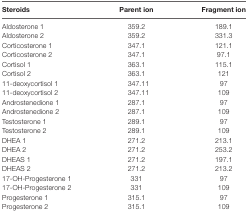
<table><thead><tr><td><b>Steroids</b></td><td><b>Parent ion</b></td><td><b>Fragment ion</b></td></tr></thead><tbody><tr><td>Aldosterone 1</td><td>359.2</td><td>189.1</td></tr><tr><td>Aldosterone 2</td><td>359.2</td><td>331.3</td></tr><tr><td>Corticosterone 1</td><td>347.1</td><td>121.1</td></tr><tr><td>Corticosterone 2</td><td>347.1</td><td>97.1</td></tr><tr><td>Cortisol 1</td><td>363.1</td><td>115.1</td></tr><tr><td>Cortisol 2</td><td>363.1</td><td>121</td></tr><tr><td>11-deoxycortisol 1</td><td>347.11</td><td>97</td></tr><tr><td>11-deoxycortisol 2</td><td>347.11</td><td>109</td></tr><tr><td>Androstenedione 1</td><td>287.1</td><td>97</td></tr><tr><td>Androstenedione 2</td><td>287.1</td><td>109</td></tr><tr><td>Testosterone 1</td><td>289.1</td><td>97</td></tr><tr><td>Testosterone 2</td><td>289.1</td><td>109</td></tr><tr><td>DHEA 1</td><td>271.2</td><td>213.1</td></tr><tr><td>DHEA 2</td><td>271.2</td><td>253.2</td></tr><tr><td>DHEAS 1</td><td>271.2</td><td>197.1</td></tr><tr><td>DHEAS 2</td><td>271.2</td><td>213.2</td></tr><tr><td>17-OH-Progesterone 1</td><td>331</td><td>97</td></tr><tr><td>17-OH-Progesterone 2</td><td>331</td><td>109</td></tr><tr><td>Progesterone 1</td><td>315.1</td><td>97</td></tr><tr><td>Progesterone 2</td><td>315.1</td><td>109</td></tr></tbody></table>